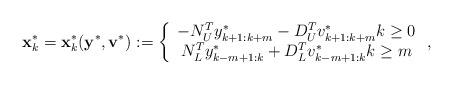
LaTeX: \begin{align*}\mathbf{x}_{k}^{\ast}=\mathbf{x}_{k}^{\ast}(\mathbf{y}^{\ast},\mathbf{v}^{\ast}):=\left\{\begin{array}[c]{c}-N_{U}^{T}y_{k+1:k+m}^{\ast}-D_{U}^{T}v_{k+1:k+m}^{\ast}k\geq0\\N_{L}^{T}y_{k-m+1:k}^{\ast}+D_{L}^{T}v_{k-m+1:k}^{\ast}k\geq m\end{array}\right. , \end{align*}